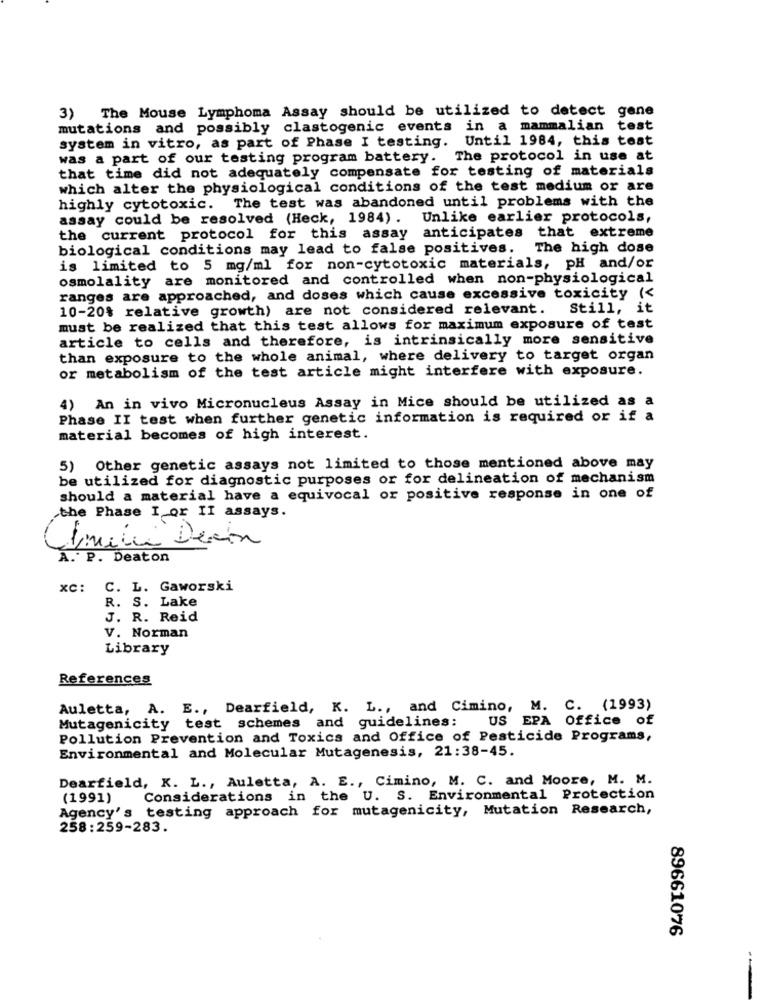
3) The Mouse Lymphoma Assay should be utilized to detect gene
mutations and possibly clastogenic events in a mammalian test
system in vitro, as part of Phase I testing. Until 1984, this test
was a part of our testing program battery. The protocol in use at
that time did not adequately compensate for testing of materials
which alter the physiological conditions of the test medium or are
highly cytotoxic. The test was abandoned until problems with the
assay could be resolved (Heck, 1984) .
Unlike earlier protocols,
the current protocol for this assay anticipates
that extreme
biological conditions may lead to false positives.
The high dose
is limited to 5 mg/ml for non-cytotoxic materials, pH and/or
osmolality are monitored and controlled when non-physiological
ranges are approached, and doses which cause excessive toxicity (<
10-20% relative growth) are not considered relevant.
Still, it
must be realized that this test allows for maximum exposure of test
article to cells and therefore, is intrinsically more sensitive
than exposure to the whole animal, where delivery to target organ
or metabolism of the test article might interfere with exposure.
4) An in vivo Micronucleus Assay in Mice should be utilized as a
Phase II test when further genetic information is required or if a
material becomes of high interest.
5) Other genetic assays not limited to those mentioned above may
be utilized for diagnostic purposes or for delineation of mechanism
should a material have a equivocal or positive response in one of
the Phase I or II assays.
Julie Devin
A. P. Deaton
xc: C. L. Gaworski
R. S. Lake
J. R. Reid
V. Norman
Library
References
Auletta, A. E ., Dearfield, K. L ., and Cimino, M. C. (1993)
Mutagenicity test schemes and guidelines:
US EPA Office of
Pollution Prevention and Toxics and Office of Pesticide Programs,
Environmental and Molecular Mutagenesis, 21:38-45.
Dearfield, K. L ., Auletta, A. E ., Cimino, M. C. and Moore, M. M.
(1991)
Considerations in the U. S. Environmental Protection
Agency's testing approach for mutagenicity, Mutation Research,
258:259-283.
89661076
--